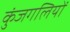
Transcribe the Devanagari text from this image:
कुंजगलियों